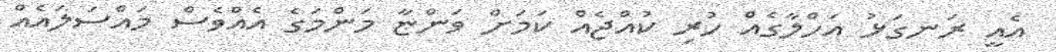
އެއީ ރަނގަޅު އަހްލާގެއް ހުރި ކުއްޖެއް ކަމަށް ވަންޏާ މަންމަގެ އެއްވެސް މައްސަލައެއް